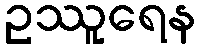
ဥဿူရေန